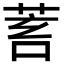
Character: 𦯾